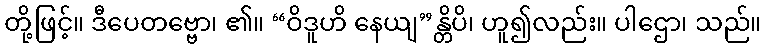
တို့ဖြင့်။ ဒီပေတဗ္ဗော၊ ၏။ “ဝိဒူဟိ နေယျ”န္တိပိ၊ ဟူ၍လည်း။ ပါဌော၊ သည်။